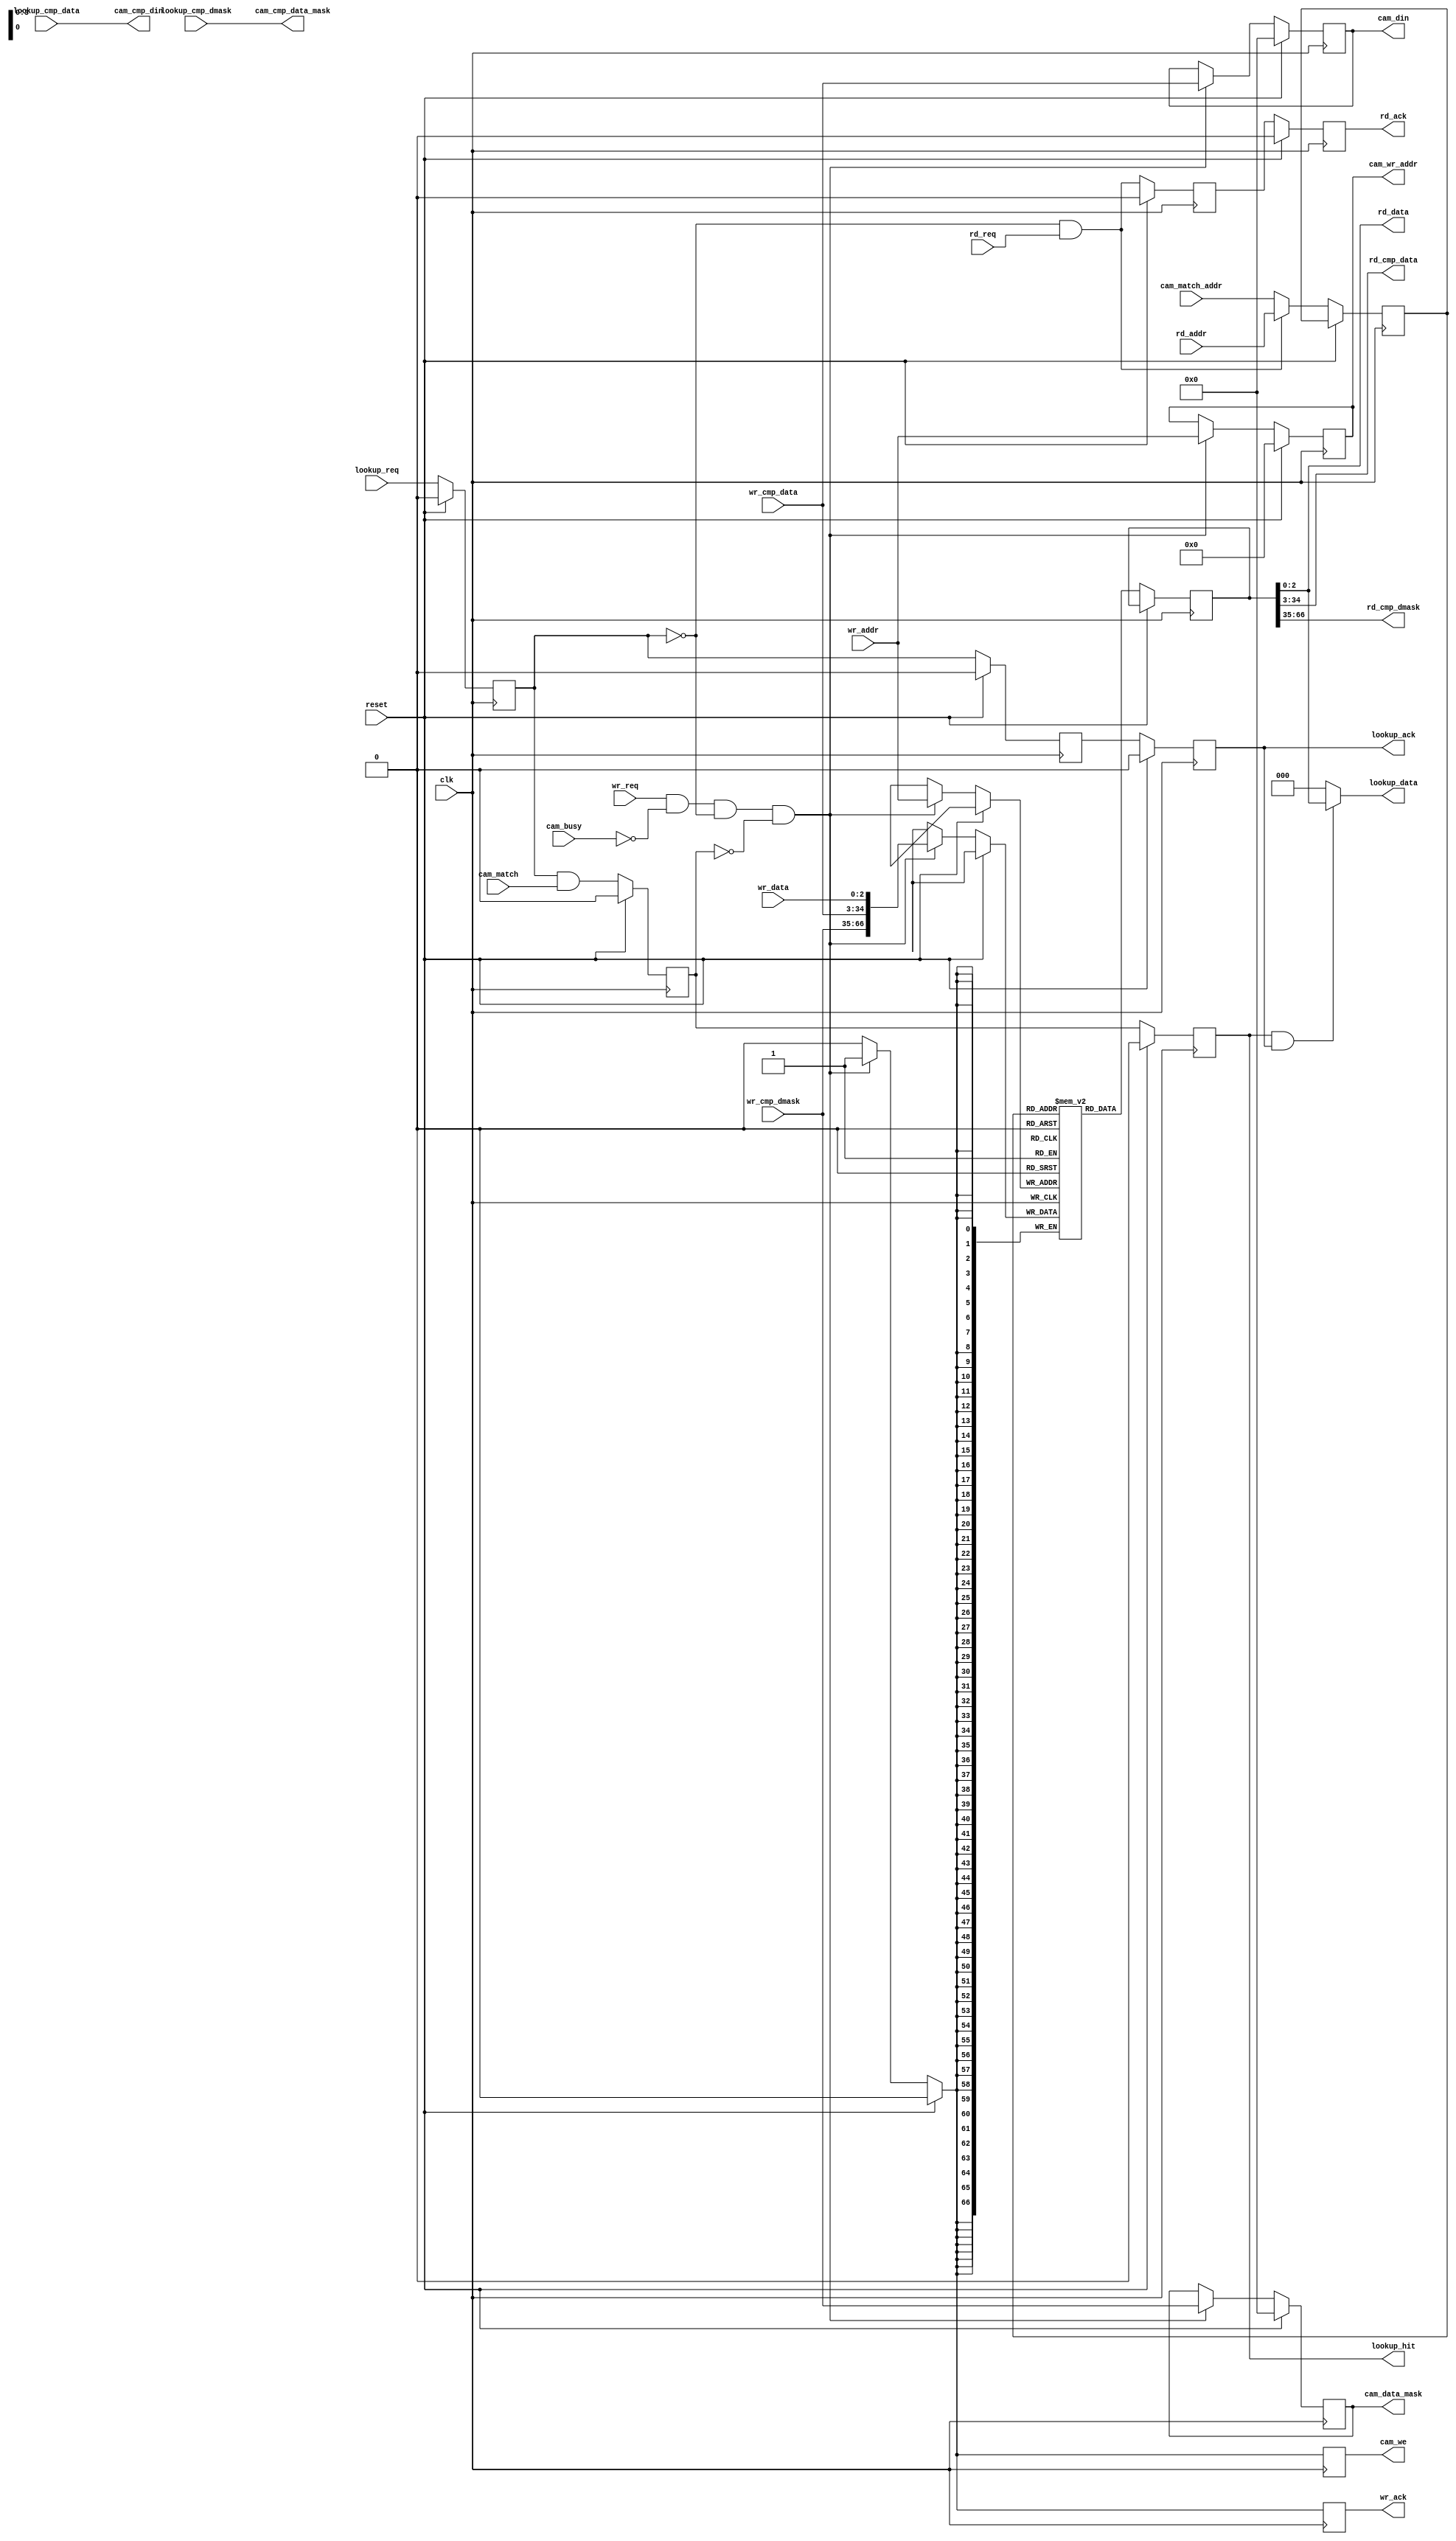
///////////////////////////////////////////////////////////////////////////////
// $Id: cam_lut_sm.v 3000 2007-11-21 09:09:56Z jnaous $
//
// Module: cam_lut_sm.v
// Project: NF2.1
// Description: controls a cam and provides a LUT. Matches data and provides reg access
//
///////////////////////////////////////////////////////////////////////////////

  module cam_lut_sm
    #(parameter CMP_WIDTH  = 32,
      parameter DATA_WIDTH = 3,
      parameter LUT_DEPTH  = 16,
      parameter LUT_DEPTH_BITS = log2(LUT_DEPTH),
      parameter DEFAULT_DATA = 0                       // DATA to return on a miss
      )
   (// --- Interface for lookups
    input                              lookup_req,
    input      [CMP_WIDTH-1:0]         lookup_cmp_data,
    input      [CMP_WIDTH-1:0]         lookup_cmp_dmask,
    output reg                         lookup_ack,
    output reg                         lookup_hit,
    output     [DATA_WIDTH-1:0]        lookup_data,

    // --- Interface to registers
    // --- Read port
    input [LUT_DEPTH_BITS-1:0]         rd_addr,          // address in table to read
    input                              rd_req,           // request a read
    output [DATA_WIDTH-1:0]            rd_data,          // data found for the entry
    output [CMP_WIDTH-1:0]             rd_cmp_data,      // matching data for the entry
    output [CMP_WIDTH-1:0]             rd_cmp_dmask,     // don't cares entry
    output reg                         rd_ack,           // pulses high

    // --- Write port
    input [LUT_DEPTH_BITS-1:0]         wr_addr,
    input                              wr_req,
    input [DATA_WIDTH-1:0]             wr_data,          // data found for the entry
    input [CMP_WIDTH-1:0]              wr_cmp_data,      // matching data for the entry
    input [CMP_WIDTH-1:0]              wr_cmp_dmask,     // don't cares for the entry
    output reg                         wr_ack,

    // --- CAM interface
    input                              cam_busy,
    input                              cam_match,
    input [LUT_DEPTH_BITS-1:0]         cam_match_addr,
    output     [CMP_WIDTH-1:0]         cam_cmp_din,
    output reg [CMP_WIDTH-1:0]         cam_din,
    output reg                         cam_we,
    output reg [LUT_DEPTH_BITS-1:0]    cam_wr_addr,
    output     [CMP_WIDTH-1:0]         cam_cmp_data_mask,
    output reg [CMP_WIDTH-1:0]         cam_data_mask,

    // --- Misc
    input                              reset,
    input                              clk
   );


   function integer log2;
      input integer number;
      begin
         log2=0;
         while(2**log2<number) begin
            log2=log2+1;
         end
      end
   endfunction // log2

   //-------------------- Internal Parameters ------------------------

   //---------------------- Wires and regs----------------------------
   reg [LUT_DEPTH_BITS-1:0]              lut_rd_addr;
   reg [DATA_WIDTH+2*CMP_WIDTH-1:0]      lut_rd_data;
   reg [DATA_WIDTH+2*CMP_WIDTH-1:0]      lut[LUT_DEPTH-1:0];

   reg                                   lookup_latched;
   reg                                   cam_match_found;
   reg                                   cam_lookup_done;
   reg                                   rd_req_latched;

   //------------------------- Logic --------------------------------

   assign cam_cmp_din       = lookup_cmp_data;
   assign cam_cmp_data_mask = lookup_cmp_dmask;

   assign lookup_data       = (lookup_hit & lookup_ack) ? lut_rd_data[DATA_WIDTH-1:0] : DEFAULT_DATA;

   assign rd_data           = lut_rd_data[DATA_WIDTH-1:0];
   assign rd_cmp_data       = lut_rd_data[DATA_WIDTH+CMP_WIDTH-1:DATA_WIDTH];
   assign rd_cmp_dmask      = lut_rd_data[DATA_WIDTH+2*CMP_WIDTH-1:DATA_WIDTH+CMP_WIDTH];

   always @(posedge clk) begin

      if(reset) begin
         lookup_latched     <= 0;
         cam_match_found    <= 0;
         cam_lookup_done    <= 0;
         rd_req_latched     <= 0;
         lookup_ack         <= 0;
         lookup_hit         <= 0;
         rd_ack             <= 0;
         cam_we             <= 0;
         cam_wr_addr        <= 0;
         cam_din            <= 0;
         cam_data_mask      <= 0;
         wr_ack             <= 0;
      end // if (reset)
      else begin
         /* first pipeline stage -- do CAM lookup */
         lookup_latched     <= lookup_req;

         /* second pipeline stage -- CAM result/LUT input*/
         cam_match_found    <= lookup_latched & cam_match;
         cam_lookup_done    <= lookup_latched;
         lut_rd_addr        <= (!lookup_latched && rd_req) ? rd_addr : cam_match_addr;
         rd_req_latched     <= (!lookup_latched && rd_req);

         /* third pipeline stage -- read LUT */
         lookup_ack         <= cam_lookup_done;
         lookup_hit         <= cam_match_found;
         lut_rd_data        <= lut[lut_rd_addr];
         rd_ack             <= rd_req_latched;

         /* Handle writes */
         if(wr_req & !cam_busy & !lookup_latched & !cam_match_found) begin
            cam_we           <= 1;
            cam_wr_addr      <= wr_addr;
            cam_din          <= wr_cmp_data ;
            cam_data_mask    <= wr_cmp_dmask;
            lut[wr_addr]     <= {wr_cmp_dmask, wr_cmp_data, wr_data};
            wr_ack           <= 1;
         end
         else begin
            cam_we    <= 0;
            wr_ack    <= 0;
         end
      end // else: !if(reset)

   end // always @ (posedge clk)

endmodule // cam_lut_sm